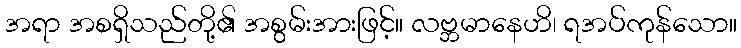
အရာ အစရှိသည်တို့၏ အစွမ်းအားဖြင့်။ လဗ္ဘမာနေဟိ၊ ရအပ်ကုန်သော။